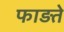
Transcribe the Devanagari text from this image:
फाड़ते